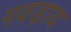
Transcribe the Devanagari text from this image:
गवड़ाय